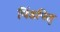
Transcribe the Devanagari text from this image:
पिंडपितृ